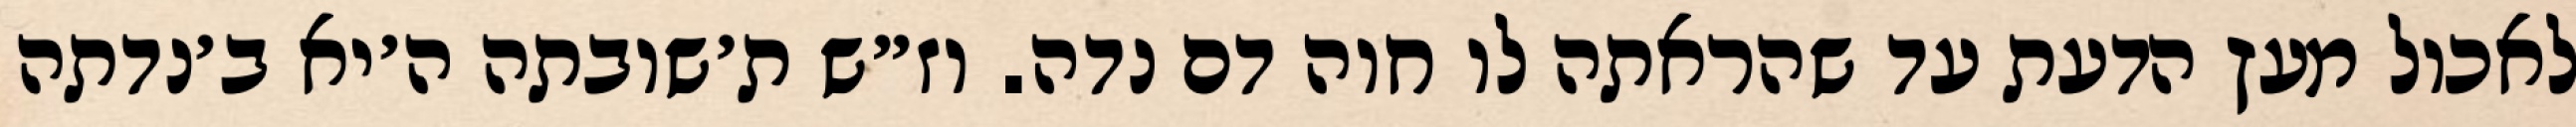
לאכול מעץ הדעת עד שהראתה לו חוה דם נדה. וז״ש ת׳שובתה ה׳יא ב׳נדתה